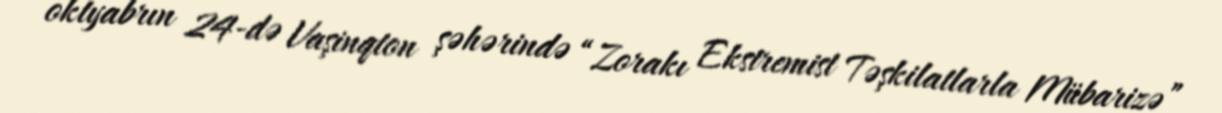
oktyabrın 24-də Vaşinqton şəhərində “Zorakı Ekstremist Təşkilatlarla Mübarizə”